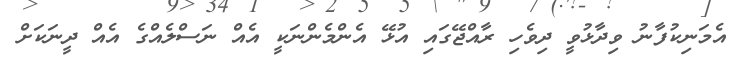
އެމަނިކުފާނު ވިދާޅުވީ ދިވެހި ރާއްޖޭގައި އުޅޭ އެންމެންނަކީ އެއް ނަސްލެއްގެ އެއް ދީނަކަށް